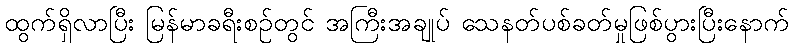
ထွက်ရှိလာပြီး မြန်မာခရီးစဉ်တွင် အကြီးအချုပ် သေနတ်ပစ်ခတ်မှုဖြစ်ပွားပြီးနောက်